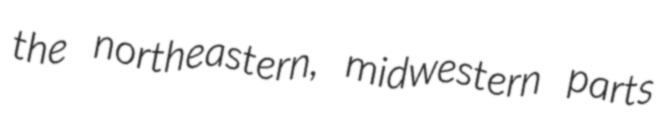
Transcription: the northeastern, midwestern parts